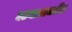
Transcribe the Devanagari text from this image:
घटनाआधारित